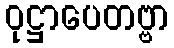
ဝုဋ္ဌာပေတဗ္ဗာ